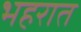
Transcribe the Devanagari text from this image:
भहरात